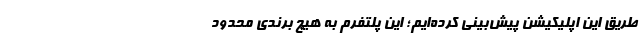
طریق این اپلیکیشن پیش‌بینی کرده‌ایم؛ این پلتفرم به هیچ برندی محدود